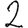
Digit: 2